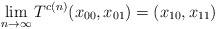
\begin{align*}\lim_{n\to\infty} T^{c(n)}(x_{00}, x_{01})=(x_{10}, x_{11})\end{align*}